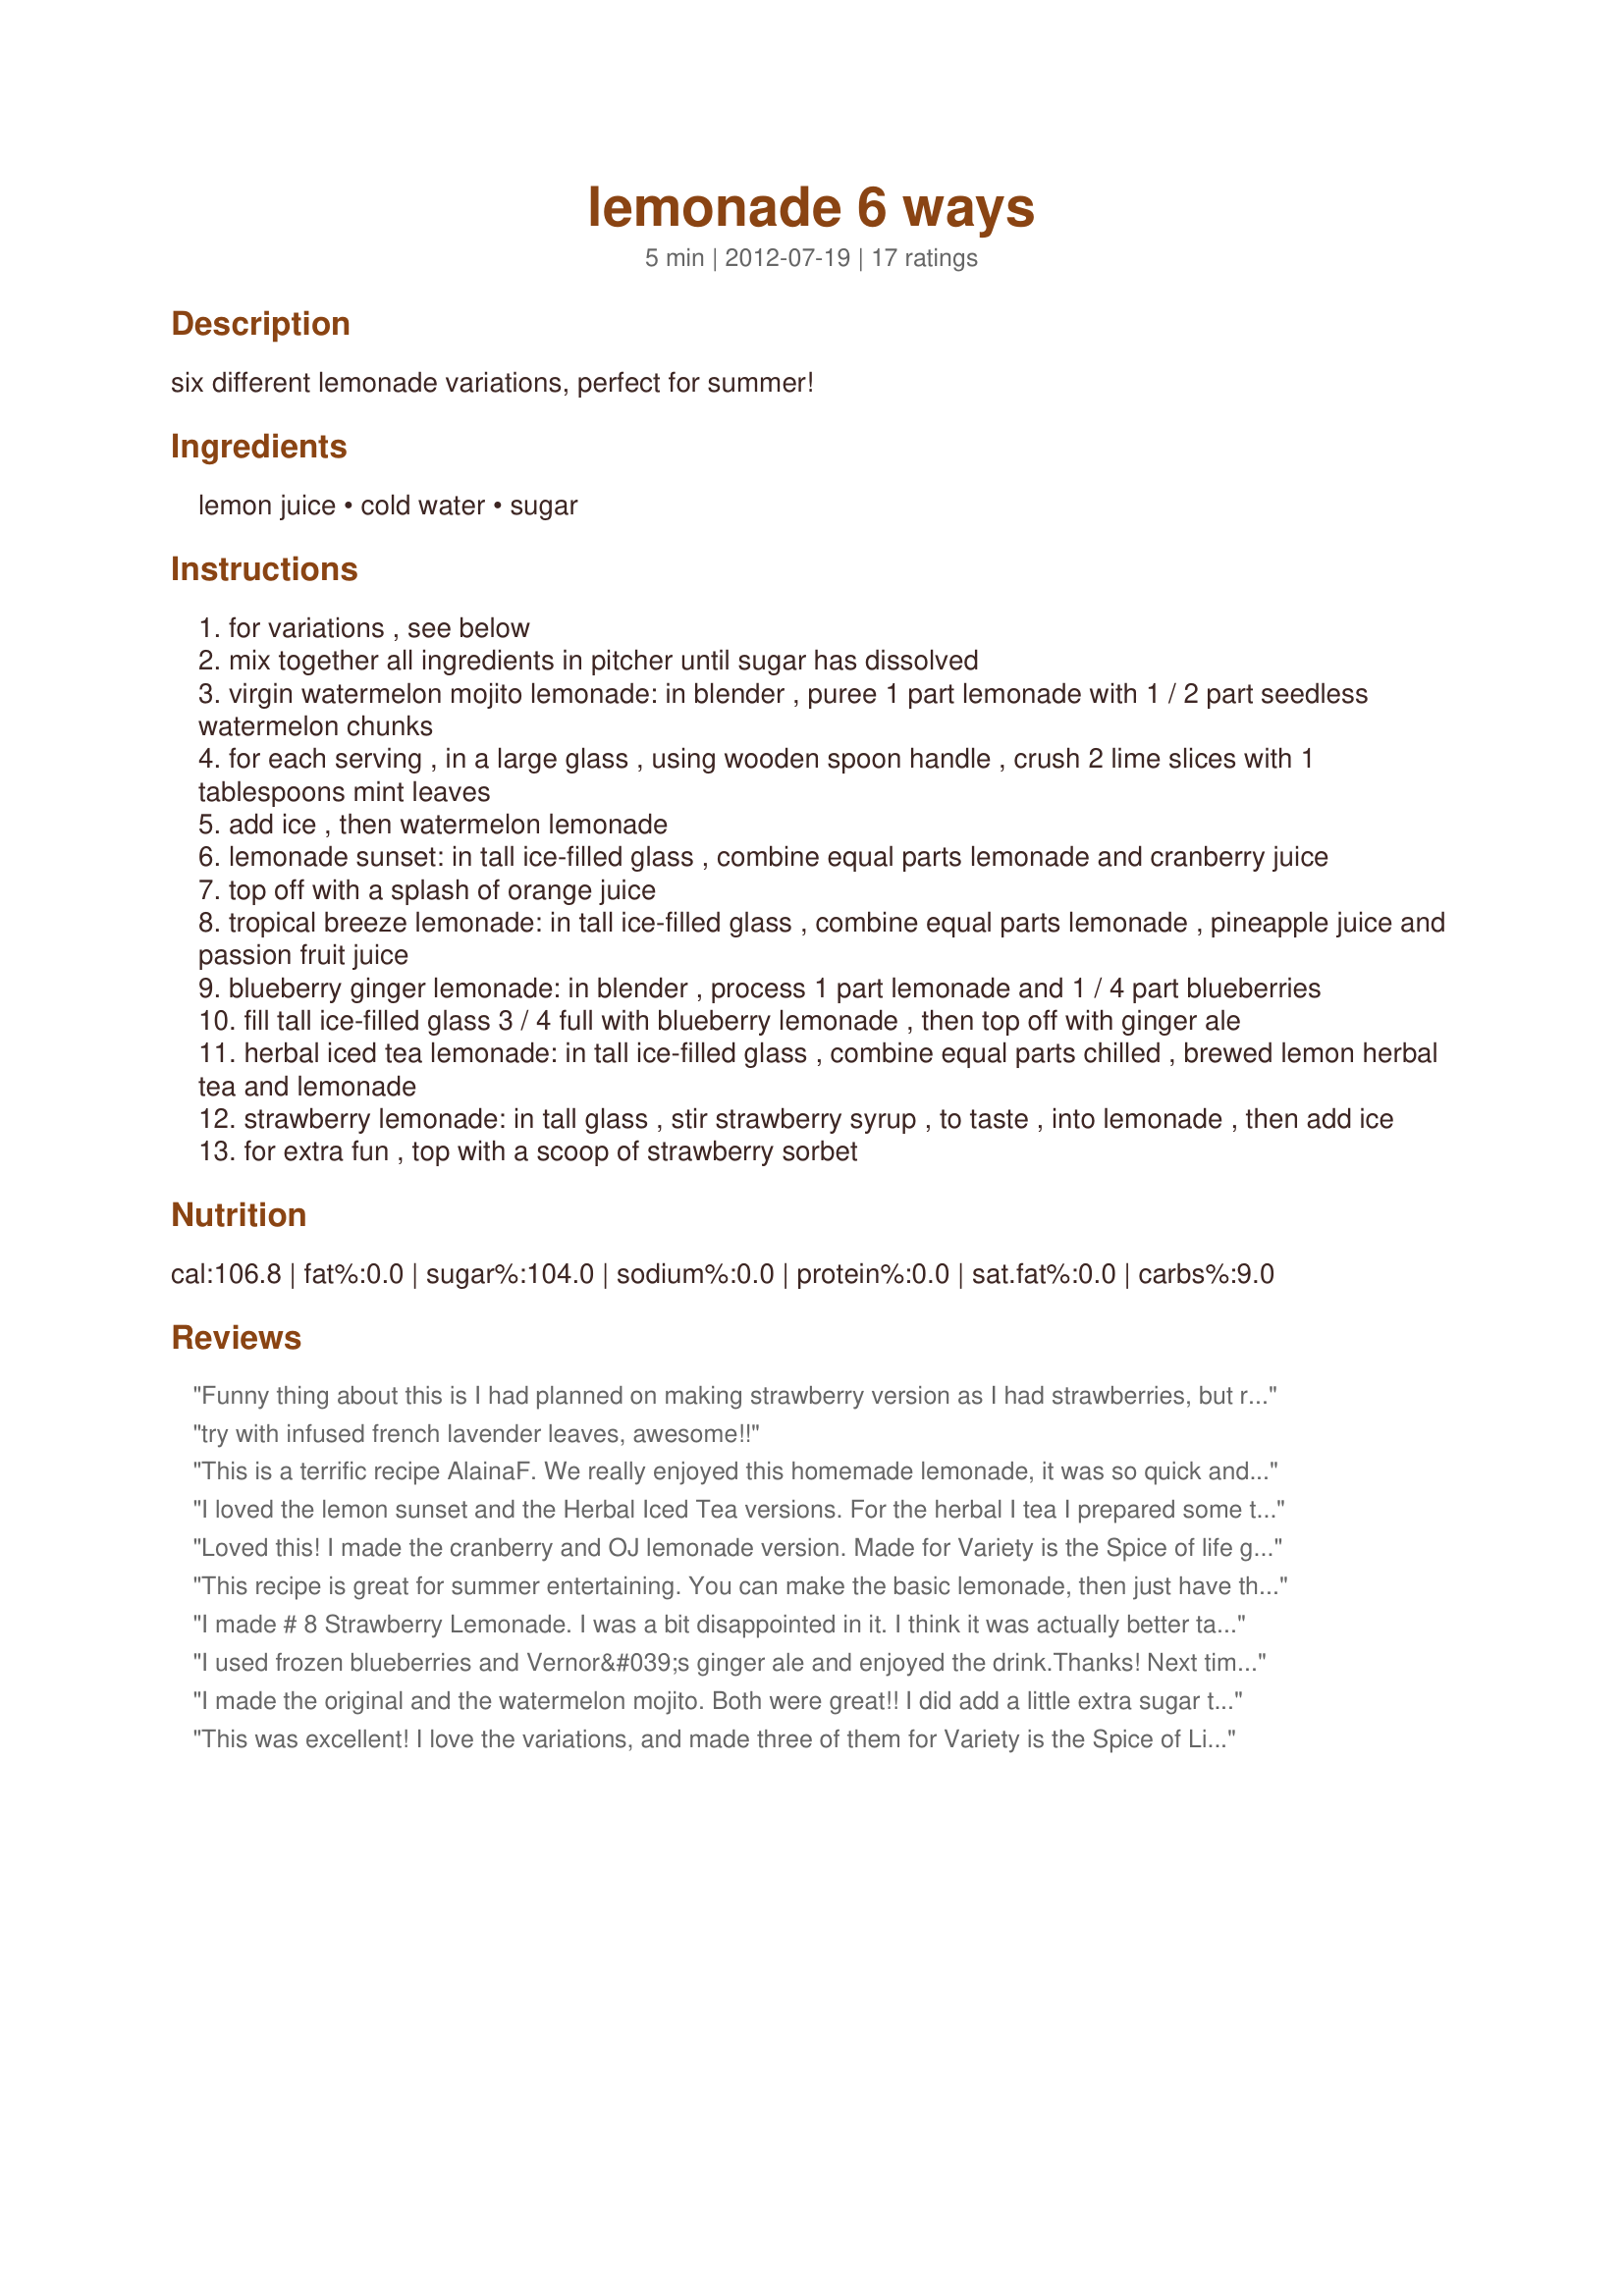
lemonade 6 ways
Preparation time: 5 minutes

six different lemonade variations, perfect for summer!

Ingredients:
lemon juice, cold water, sugar

Steps:
for variations , see below
mix together all ingredients in pitcher until sugar has dissolved
virgin watermelon mojito lemonade: in blender , puree 1 part lemonade with 1 / 2 part seedless watermelon chunks
for each serving , in a large glass , using wooden spoon handle , crush 2 lime slices with 1 tablespoons mint leaves
add ice , then watermelon lemonade
lemonade sunset: in tall ice-filled glass , combine equal parts lemonade and cranberry juice
top off with a splash of orange juice
tropical breeze lemonade: in tall ice-filled glass , combine equal parts lemonade , pineapple juice and passion fruit juice
blueberry ginger lemonade: in blender , process 1 part lemonade and 1 / 4 part blueberries
fill tall ice-filled glass 3 / 4 full with blueberry lemonade , then top off with ginger ale
herbal iced tea lemonade: in tall ice-filled glass , combine equal parts chilled , brewed lemon herbal tea and lemonade
strawberry lemonade: in tall glass , stir strawberry syrup , to taste , into lemonade , then add ice
for extra fun , top with a scoop of strawberry sorbet

Reviews:
Funny thing about this is I had planned on making strawberry version as I had strawberries, but realized it called for strawberry syrup. But then I realized I had the ingredients for the Virgin Watermelon Mojito Lemonade version. So I progressed in making it. I did omit the mint not because I didn&#039;t have it but because I just plain forgot. To make a long story short, I thoroughly enjoyed this version. Instead of pouring it over ice I blended the ice into the drink for a frappe version. I also have to say I cheated and used lime juice out of a squeeze bottle.&lt;br/&gt;Made for the Variety is the Spice of Life 2013 Event.
try with infused french lavender leaves, awesome!!
This is a terrific recipe AlainaF. We really enjoyed this homemade lemonade, it was so quick and easy to make. Very versatile, I was able to get the strenght that we enjoy very easily. I made three versions of this lemonade, the basic lemonade, the blueberry lemonade which was awesome and I made a Strawberry lemonade for my dh, I used fresh strawberries which I pureed in place of the syrup, so good. Thank you for sharing a recipe that we will enjoy often this summer. Made for 2013 Variety Is The Spice Of Life Event!
I loved the lemon sunset and the Herbal Iced Tea versions. For the herbal I tea I prepared some tea with lemon balm from the garden in little water, cooled down with ice cubes and added the lemonade basic recipe. Thanks a lot for posting this great recipe! Made for the Variety is the Spice of Life event.
Loved this! I made the cranberry and OJ lemonade version. Made for Variety is the Spice of life game, 2013
This recipe is great for summer entertaining. You can make the basic lemonade, then just have the variations on hand so everyone gets something different. I made the blueberry gingerale and it was delicious. Made for the 2013 Variety Event.
I made # 8 Strawberry Lemonade. I was a bit disappointed in it. I think it was actually better tasting without the Strawberry syrup. Perhaps it was just that I didn&#039;t care for the taste of the brand of Strawberry syrup my DH purchase. However I think that if it were made with real strawberries it would be much better.
I used frozen blueberries and Vernor&#039;s ginger ale and enjoyed the drink.Thanks! Next time I may try the strawberries. Made for the Variety is the Spice of Life event.
I made the original and the watermelon mojito. Both were great!! I did add a little extra sugar to the original, but the mojito version didn&#039;t need anything added. I really loved this as a non-alcoholic alternative, but will most likely add some rum next time around. Made for Variety is the Spice of Life event 2013.
This was excellent! I love the variations, and made three of them for Variety is the Spice of Life 2013. Being a Mojito fanatic, I just had to try that one... and made the original plus the blueberry/ginger ale variation. My favorite was, of course, the Watermelon Mojito. After taking pics, I offered DH his pick and darned if he didn&#039;t take my fave. LOL! Later on I&#039;m going to fix another one, but this time will add a shot of white rum. Oh boy!!! Thanks for posting, Alaina!
Strawberry Lemonade: In tall glass, stir strawberry syrup, to taste, into lemonade, then add ice. For extra fun, top with a scoop of strawberry sorbet. Very refreshing! I like the slight tang the lemon juice adds to this drink. Made for the 2013 Variety is the Spice of Life event
This was very nice. I made the strawberry version with well blended fresh berries in place of the syrup and used Splenda for the sugar. I would make it again. Made for Variety is the Spice of Life game, 2013.
May 22, 2013: Woo-hoo! I&#039;ve already made the strawberry syrup variation. I tried it as written, and then with some vodka added. Loved it! I was planning on making the blueberry variation tonight, also (but not add any liquor to those), but I think the blueberry may have to wait and be my morning beverage. (Made for Variety tag). Thank you for the great recipes. UPDATE June 29, 2013: I have made this recipe several times now (including the blueberry version, but my latest by far was the most fun... I added unflavored gelatin and some vodka to the strawberry lemonade and made jello shots! Woo-hoo again! Thanks for the inspiration. I will try and post a picture.
I used grape juice from our vines instead of blueberries for the ginger ale version. &lt;br/&gt;Made with Splenda instead of regular sugar. Very refreshing! made for Variety is the Spice of Life, May 2013
Lovely twist on the usual lemonade! I opted for the Tropical Breeze version, adjusted a bit for a whole pitcher instead of just a glass. The lemonade portion was just about 2L, so I added 1L each of pineapple and passion fruit juices, because I don&#039;t think my pitcher was big enough for a 1-1 ratio of all the juices. I liked how the lemonade flavor still stood out with the juices, so I will continue to use the 2-1 ratio anytime I make this. Thanks for posting! Made for the Variety is the Spice of Life 2013 event
Loved it!!! It is already up in the 80&#039;s and 90&#039;s here in Florida, so this was a great refreshing drink this afternoon. I made 1/4 of the recipe for my extra large drink, but really could have served two and the only other thing I changed was that I took my water and the sugar and heated it until the sugar was melted. I then let it cool and then set it in the refrigerated til it was totally chilled. I had made some Blintz Pancakes for breakfast, which I topped with fresh sliced strawberries but prior to using them, I mixed in some sugar and let them set for awhile until they formed their own strawberry syrup which I added to the lemonade for the strawberry variation. Thanks for sharing the recipe. Made and enjoyed for the Spice of Life event.
Very good. We like our lemonade a little less sweet so cut sugar to 2/3 cup and it was fine. I made the basic recipe and the strawberry version. Both quite good. Garnished them with lemon balm leaves. Made for Variety is the Spice of Life 2013 game.
